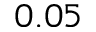
0 . 0 5